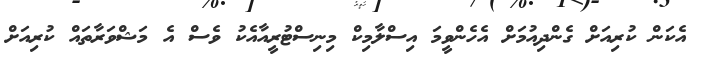
އެކަން ކުރިއަށް ގެންދިއުމަށް އެހެންވީމަ އިސްލާމިކް މިނިސްޓުރީއާއެކު ވެސް އެ މަޝްވަރާތައް ކުރިއަށް